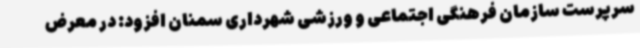
سرپرست سازمان فرهنگی اجتماعی و ورزشی شهرداری سمنان افزود: در معرض